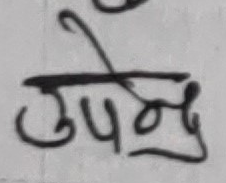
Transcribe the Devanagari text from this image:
उपनु